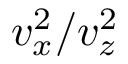
v _ { x } ^ { 2 } / v _ { z } ^ { 2 }